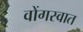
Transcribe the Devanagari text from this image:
वोंगस्वात